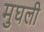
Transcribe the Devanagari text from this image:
मुघली